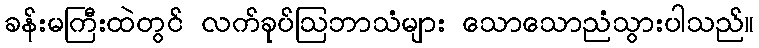
ခန်းမကြီးထဲတွင် လက်ခုပ်ဩဘာသံများ သောသောညံသွားပါသည်။